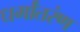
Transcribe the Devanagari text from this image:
धर्मांतरंण